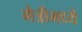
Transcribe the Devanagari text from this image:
मैत्रीमध्ये